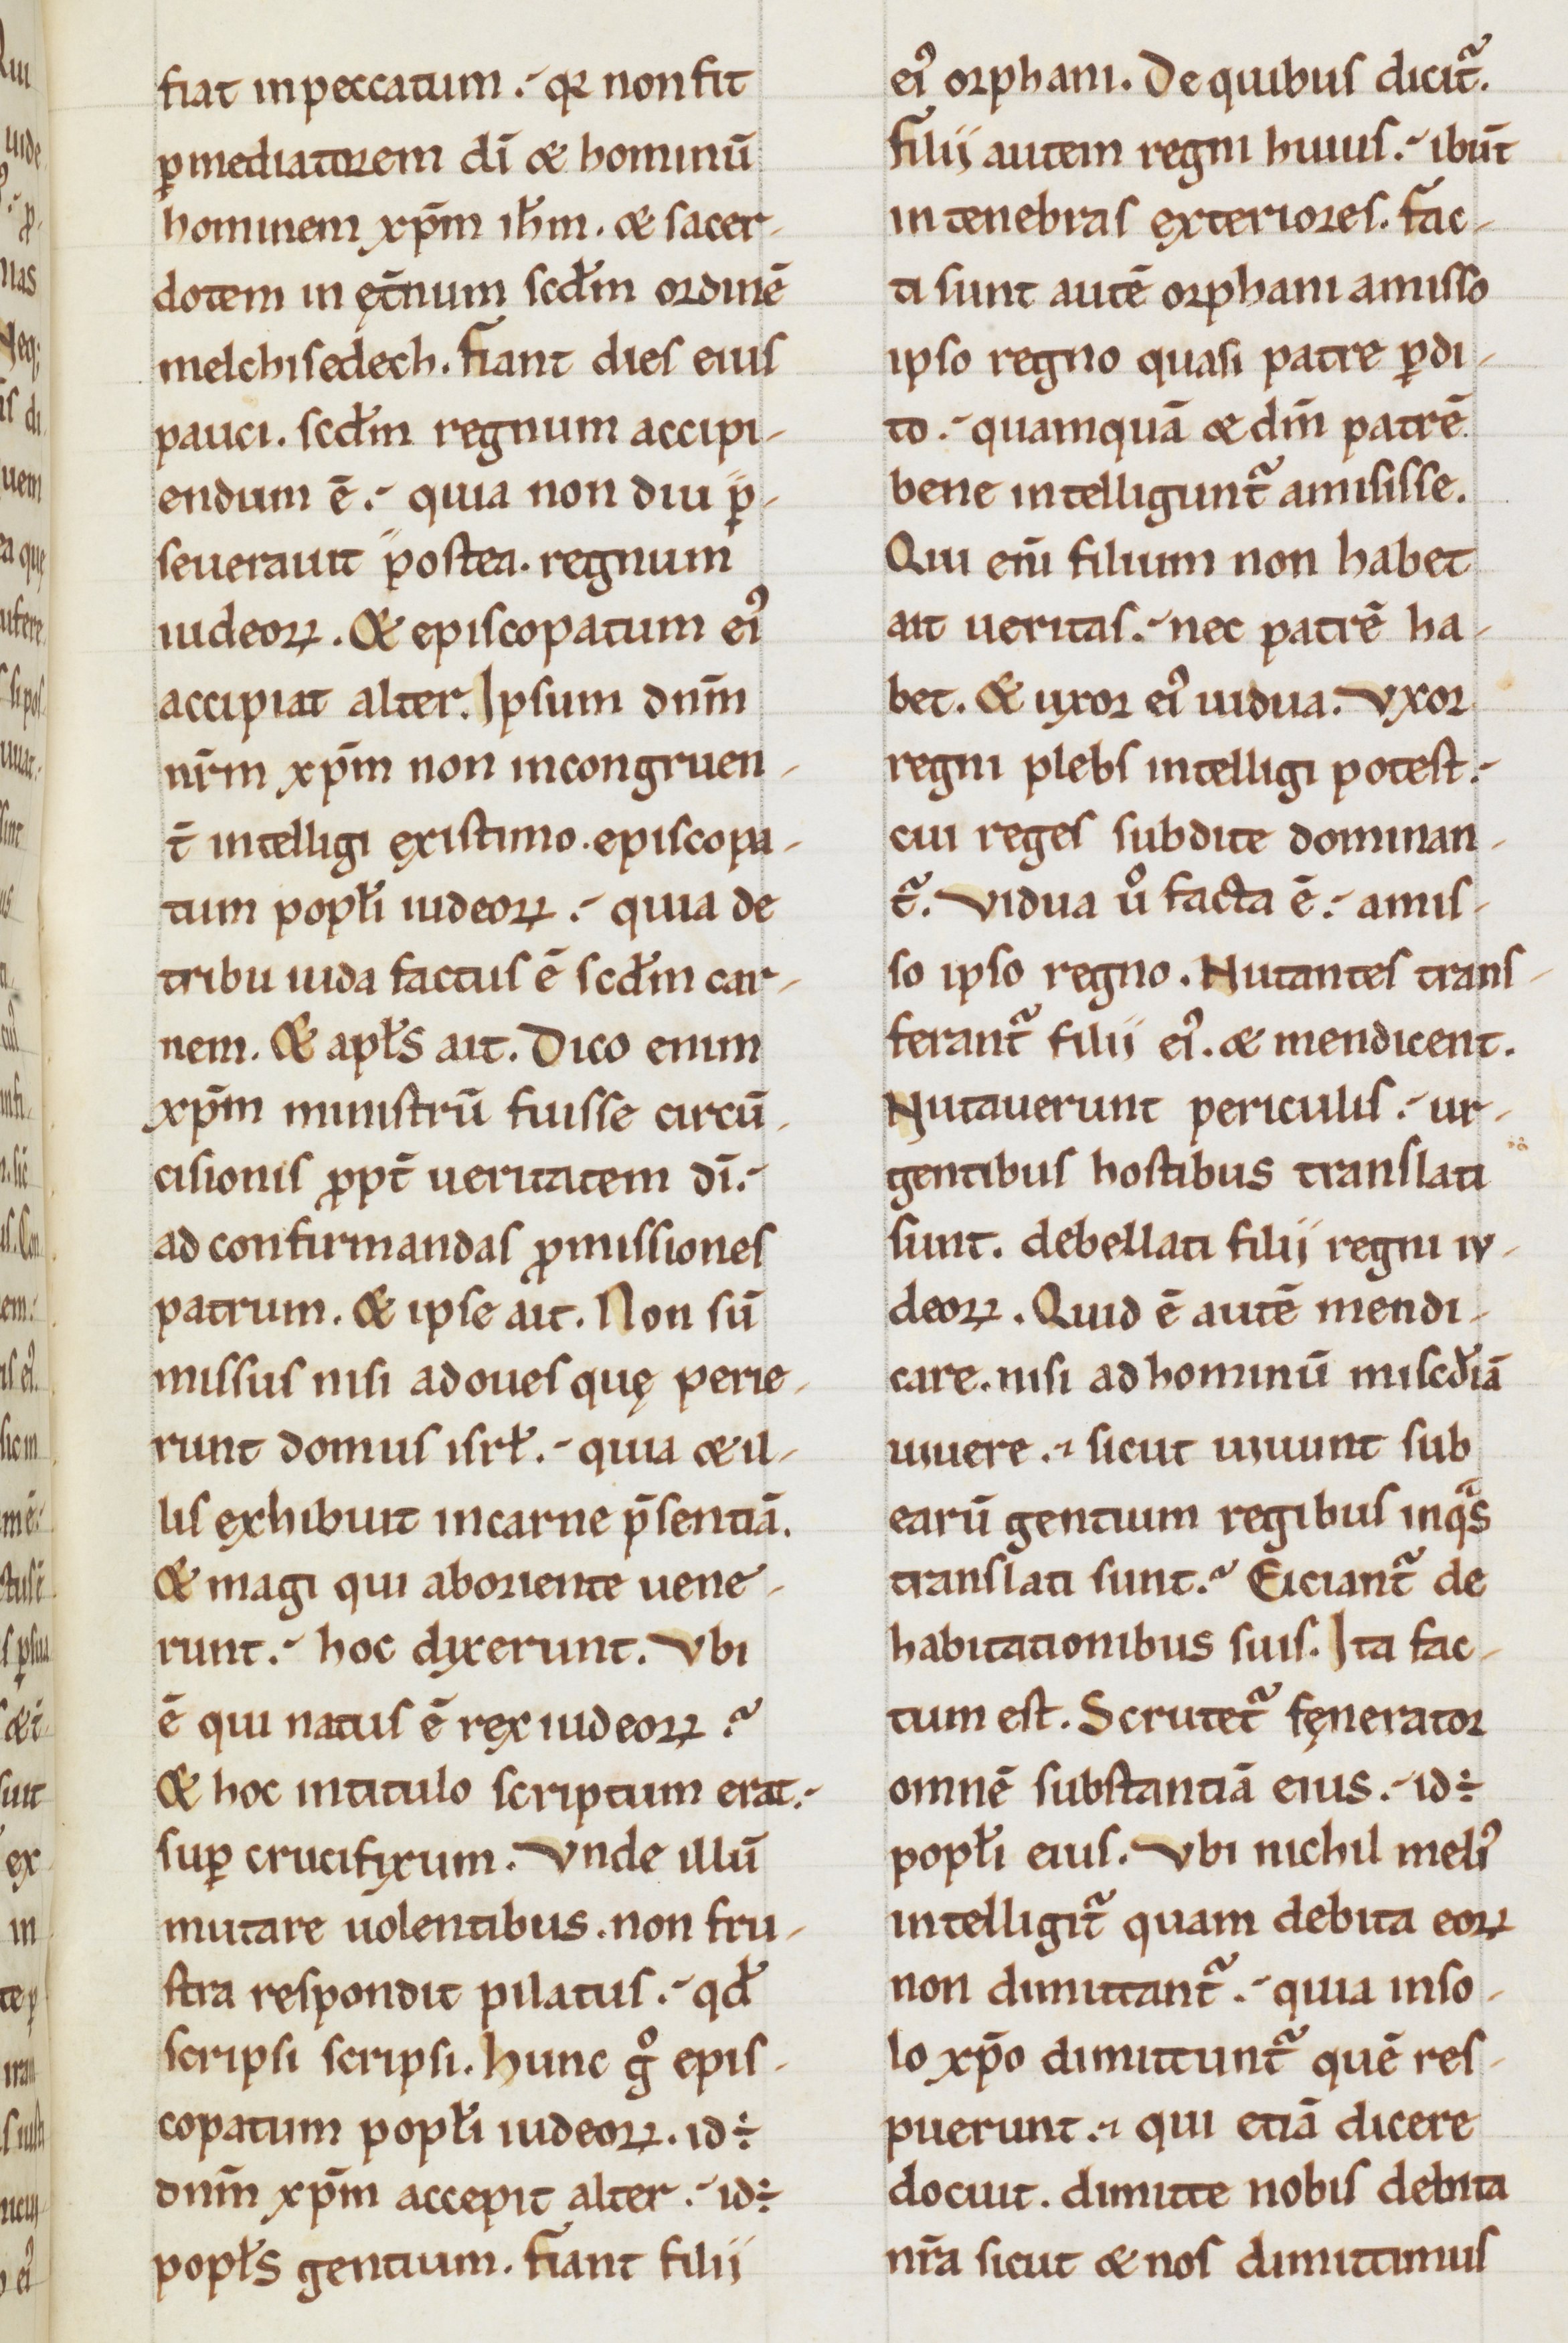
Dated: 1100–1199